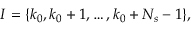
{ I } = \{ k _ { 0 } , k _ { 0 } + 1 , \ldots , k _ { 0 } + N _ { s } - 1 \} ,